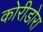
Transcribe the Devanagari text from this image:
कोरीडोरा